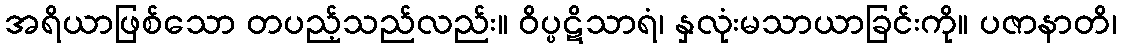
အရိယာဖြစ်သော တပည့်သည်လည်း။ ဝိပ္ပဋိသာရံ၊ နှလုံးမသာယာခြင်းကို။ ပဇာနာတိ၊